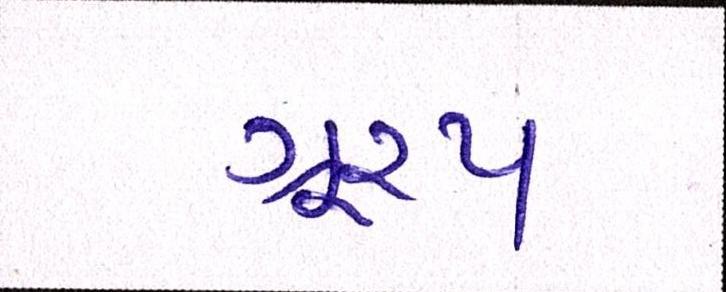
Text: ગૂ્રપ